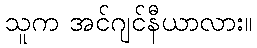
သူက အင်ဂျင်နီယာလား။